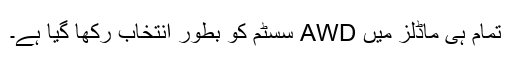
تمام ہی ماڈلز میں AWD سسٹم کو بطور انتخاب رکھا گیا ہے۔